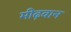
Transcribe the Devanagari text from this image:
मीढ़वान